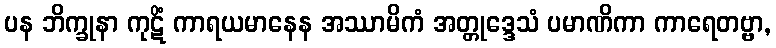
ပန ဘိက္ခုနာ ကုဋိံ ကာရယမာနေန အဿာမိကံ အတ္တုဒ္ဒေသံ ပမာဏိကာ ကာရေတဗ္ဗာ,